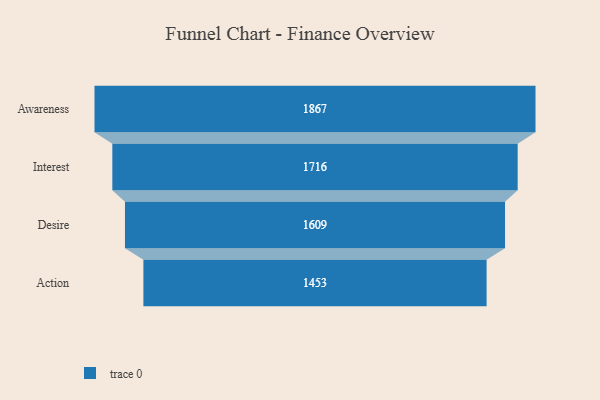
{"axis": {"x": "Stage", "y": "Value"}, "legend": [""], "data": [{"x": "Awareness", "y": 1867.0, "type": ""}, {"x": "Interest", "y": 1716.0, "type": ""}, {"x": "Desire", "y": 1609.0, "type": ""}, {"x": "Action", "y": 1453.0, "type": ""}]}